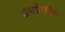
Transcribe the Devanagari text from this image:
ग्रंथप्रेमींना